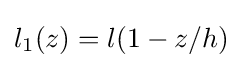
l_{1}(z)=l(1-z/h)